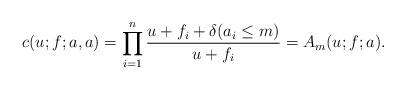
LaTeX: \begin{align*}c(u;f;a,a) = \prod_{i=1}^n\frac{u+f_i +\delta(a_i\leq m)}{u+f_i} = A_m(u;f;a).\end{align*}